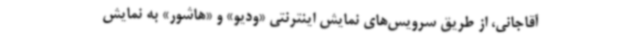
آقاجانی، از طریق سرویس‌های نمایش اینترنتی «ودیو» و «هاشور» به نمایش